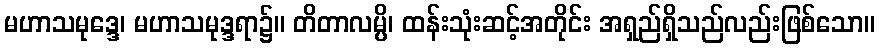
မဟာသမုဒ္ဒေ၊ မဟာသမုဒ္ဒရာ၌။ တိတာလမ္ပိ၊ ထန်းသုံးဆင့်အတိုင်း အရှည်ရှိသည်လည်းဖြစ်သော။